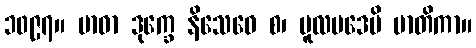
၁၀၉၇။ ဗာဓာ ဒုက္ခေ နိသေဓေ စ၊ မူလပဒေပိ မာတိကာ။